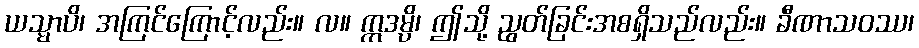
ယသ္မာပိ၊ အကြင်ကြောင့်လည်း။ လ။ ဣဒမ္ပိ၊ ဤသို့ ညွတ်ခြင်းအစရှိသည်လည်း။ ခီဏာသဝဿ၊